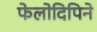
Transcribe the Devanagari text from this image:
फेलोदिपिने